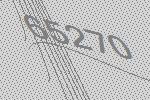
65270